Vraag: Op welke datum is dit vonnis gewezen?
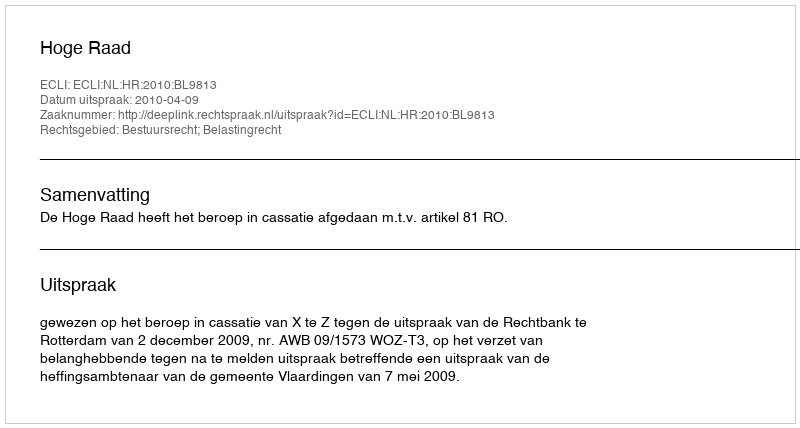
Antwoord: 2010-04-09